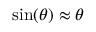
\sin ( \theta ) \approx \theta